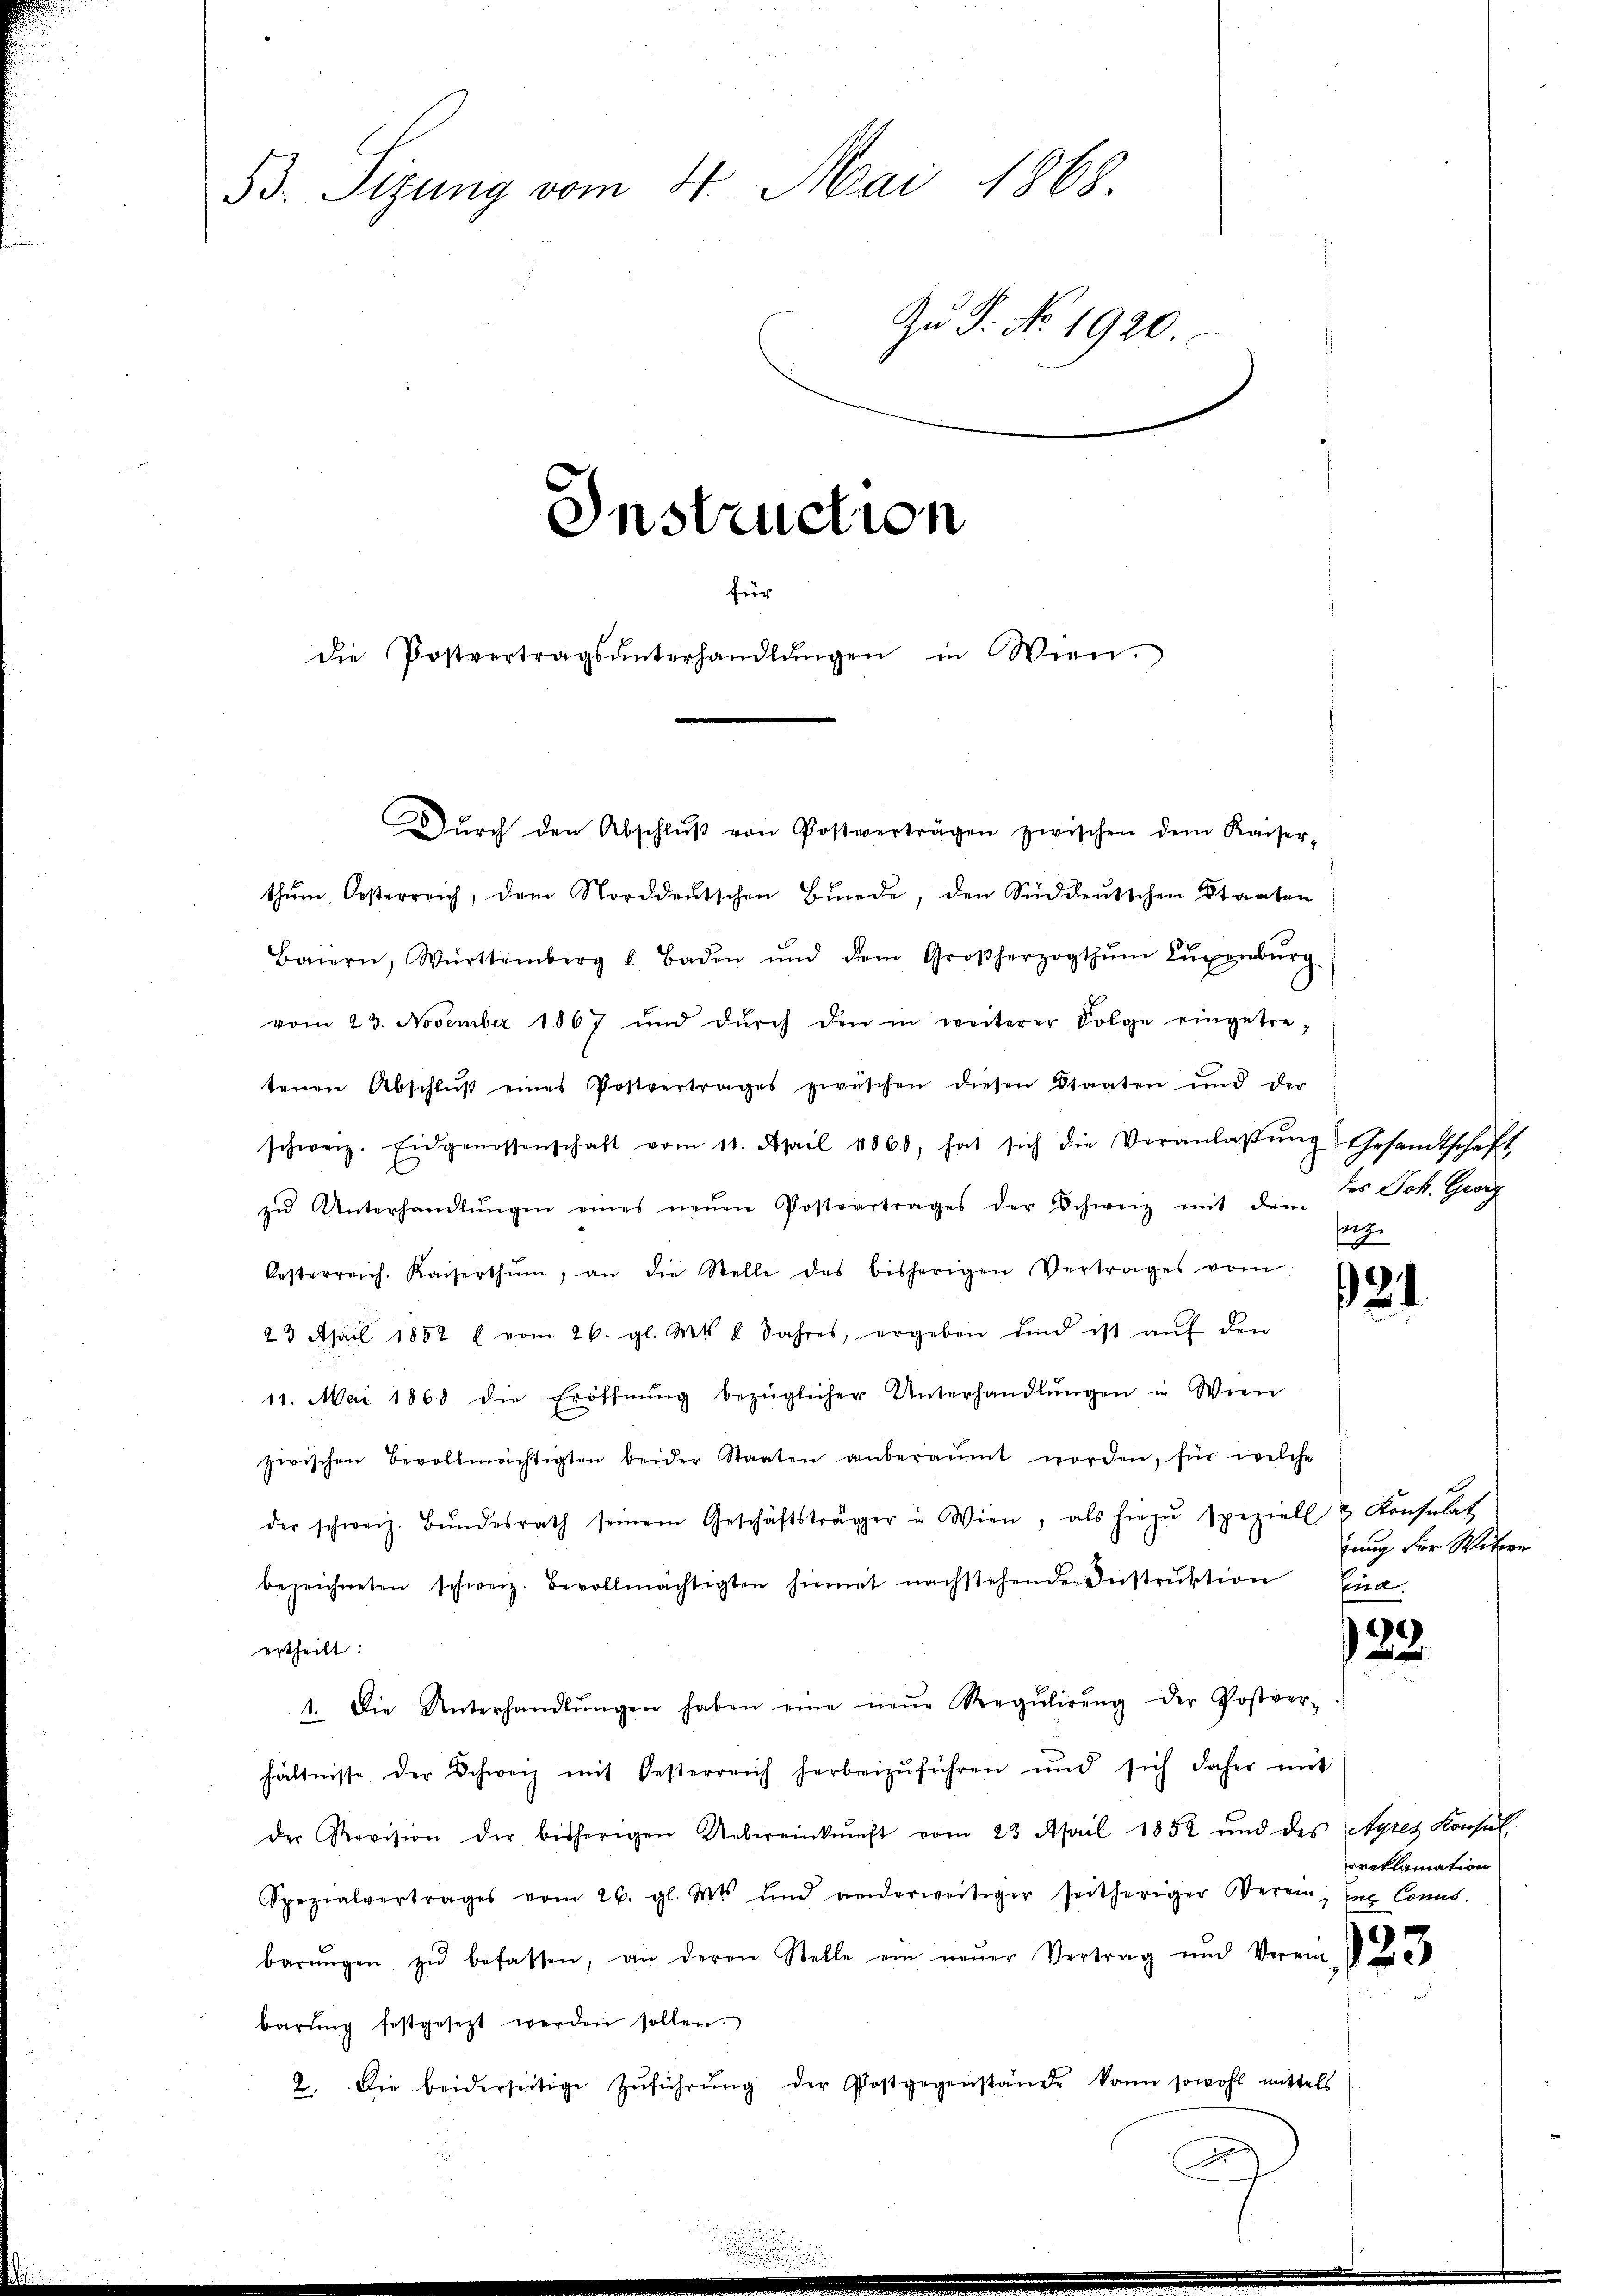
53. Sizung vom 4. Mai 1868.
Zu P. No. 1920.
Instruction
für

Dŭrch den Abschlŭβ von Postverträgen zwischen dem Kaiser-

die Postvertragsŭnterhandlŭngen in Wien.

thŭm Oesterreich, dem Norddeutschen Bŭnde, den Süddeutschen Staaten
Baiern, Württemberg u Baden und dem Großherzogthŭm Luxenbŭrg
vom 23. November 1867 und dŭrch den in weiterer Folge eingetre-
tenen Abschlŭβ eines Postvertrages zwischen diesen Staaten und der
schweiz. Eidgenossenschaft vom 11. April 1860, hat sich die Veranlaβŭng Gesandtschaft
zŭ Unterhandlŭngen eines neŭen Postvertrages der Schweiz mit dem des Joh. Georg
Oesterreich. Kaiserthum, an die Stelle des bisherigen Vertrages vom
23 April 1852 u vom 26. gl. Mts. 8 Jahres, ergeben und ist aŭf den
11. Mai 1868 die Eröffnŭng bezüglicher Unterhandlŭngen in Wien
zwischen Bevollmächtigten beider Staaten anberaŭmt worden, für welche
der schweiz. Bŭndesrath seinem Geschäftsträger u. Wien, als hiezŭ speziell u Konsulat
bezeichneten schweiz. Bevollmächtigten hiemit nachstehende Instrŭktion
ertheilt:
1. Die Unterhandlŭngen haben eine neŭe Regŭlirŭng der Postver-
hältnisse der Schweiz mit Oesterreich herbeizŭführen und sich daher mit
Der Revision der bisherigen Uebereinkunft vom 23. April 1852 und des Ayres Konsul
Spezialvertrages vom 26. gl. Mts. und anderweitiger seitheriger Beren, Eng Conno.
barŭngen zŭ befassen, an deren Stelle ein neŭer Vertrag und Verein-
barŭng festgesezt werden sollen.
2. Die beiderseitige Zŭführŭng der Postgegenstände kann sowohl mittels

A

forg

24

23.

creklamation

zung der Wittwe
ina.